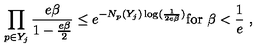
\left. \prod _ { p \in Y _ { j } } \frac { e \beta } { 1 - \frac { e \beta } { 2 } } \leq e ^ { - N _ { p } ( Y _ { j } ) \log ( \frac { 1 } { 2 e \beta } ) } \mathrm { f o r } \ \beta < \frac { 1 } { e } \ , \right.